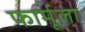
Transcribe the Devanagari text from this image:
फार्मूला़